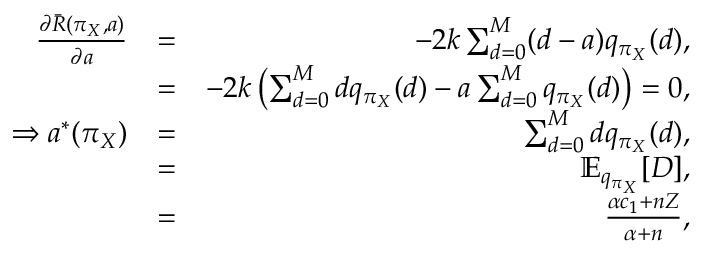
\begin{array} { r l r } { \frac { \partial { \bar { R } ( \pi _ { X } , a ) } } { \partial { a } } } & { = } & { - 2 k \sum _ { d = 0 } ^ { M } ( d - a ) q _ { \pi _ { X } } ( d ) , } \\ & { = } & { - 2 k \left( \sum _ { d = 0 } ^ { M } d q _ { \pi _ { X } } ( d ) - a \sum _ { d = 0 } ^ { M } q _ { \pi _ { X } } ( d ) \right) = 0 , } \\ { \Rightarrow a ^ { * } ( \pi _ { X } ) } & { = } & { \sum _ { d = 0 } ^ { M } d q _ { \pi _ { X } } ( d ) , } \\ & { = } & { \mathbb { E } _ { q _ { \pi _ { X } } } [ D ] , } \\ & { = } & { \frac { \alpha c _ { 1 } + n Z } { \alpha + n } , } \end{array}